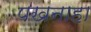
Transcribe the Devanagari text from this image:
पखनाहा